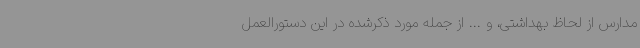
مدارس از لحاظ بهداشتی، و ... از جمله مورد ذکرشده در این دستورالعمل